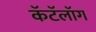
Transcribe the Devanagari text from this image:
कॅटॅलॉग